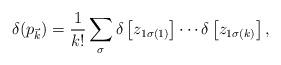
LaTeX: \begin{align*}\delta(p_{\vec{k}}) &= \frac{1}{k!} \sum_{\sigma}\delta\left[z_{1\sigma(1)} \right] \cdots \delta\left[z_{1\sigma(k)}\right],\end{align*}